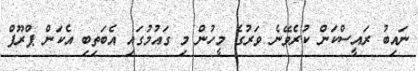
ނައިބު ރައީސްކަން ކުރެވޭނެ ވަރުގެ މީހުން މި ގައުމުގައި އެބަތިބި އެކަން ޕްރޫފް